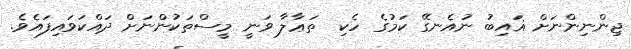
ޖިންނިންނަށް ޣައިބު ނުއެނގޭ ކަމުގެ ހެކި  ތަޢާލާ ވަނީ މީސްތަކުންނަށް ދައްކަވައިފައެވެ.